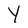
Character: Y